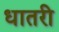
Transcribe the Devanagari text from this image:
धातरी